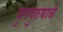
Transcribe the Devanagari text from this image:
युगपुरुषाचे